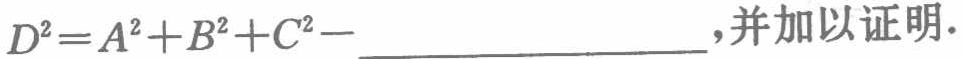
$D^{2}=A^{2}+B^{2}+C^{2}-\underline{\qquad\qquad\qquad\qquad}$,并加以证明.